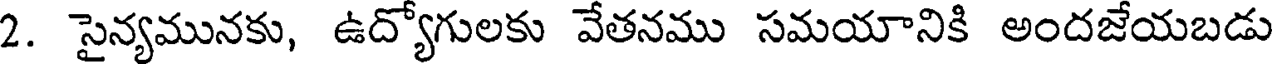
2. సైన్యమునకు, ఉద్యోగులకు వేతనము సమయానికి అందజేయబడు